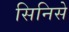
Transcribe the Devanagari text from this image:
सिनिसे